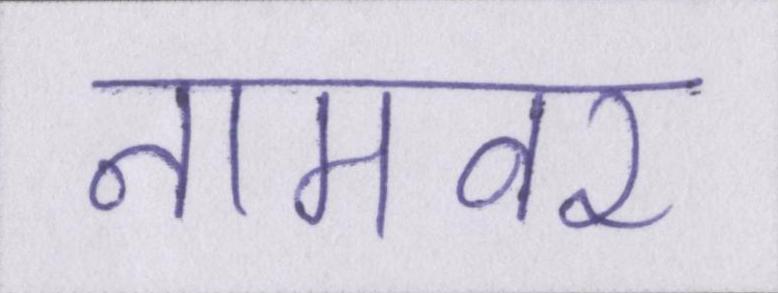
नामवर